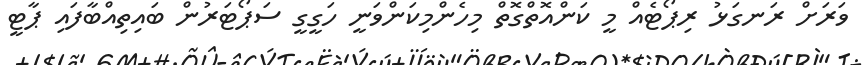
ވަރަށް ރަނގަޅު ރިޕޯޓެއް މީ ކަންއޮތްގޮތް މިހެންމިކަންވަނީ ހަގީގީ ސަޕޯޓަރުން ބައިތިއްބާފައި ޕާޓީ